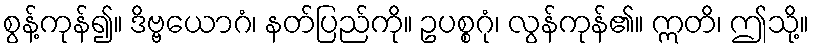
စွန့်ကုန်၍။ ဒိဗ္ဗယောဂံ၊ နတ်ပြည်ကို။ ဥပစ္စဂုံ၊ လွန်ကုန်၏။ ဣတိ၊ ဤသို့။